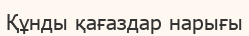
Құнды қағаздар нарығы